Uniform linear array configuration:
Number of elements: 32
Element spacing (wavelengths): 0.5
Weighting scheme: hamming
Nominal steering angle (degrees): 0
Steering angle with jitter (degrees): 1.207
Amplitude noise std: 0.05
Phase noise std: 0.05

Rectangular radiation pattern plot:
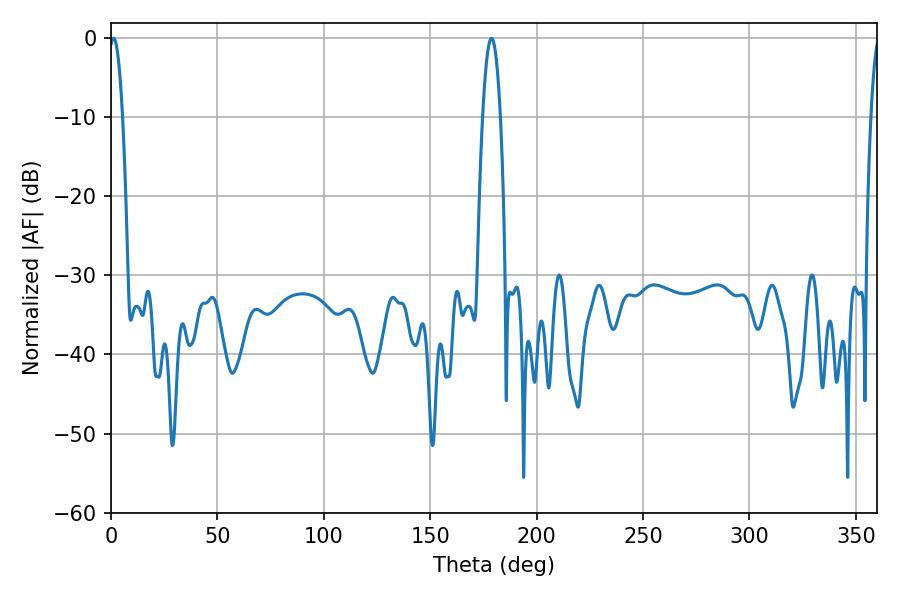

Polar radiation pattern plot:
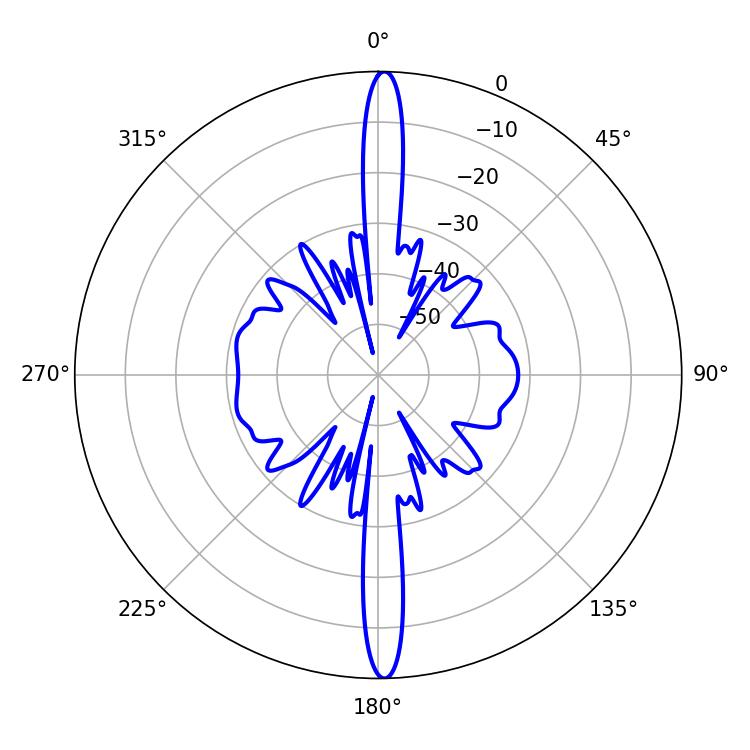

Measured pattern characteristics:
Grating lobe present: FALSE
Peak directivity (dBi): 27.745
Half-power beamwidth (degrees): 3.42
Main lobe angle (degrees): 1.26